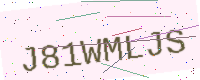
Text: J81WMLJS